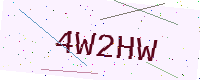
Text: 4W2HW